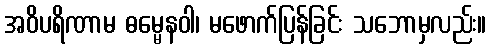
အဝိပရိဏာမ ဓမ္မေနဝါ၊ မဖောက်ပြန်ခြင်း သဘောမှလည်း။